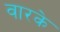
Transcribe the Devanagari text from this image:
वारके